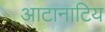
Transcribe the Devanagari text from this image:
आटानाटिय